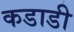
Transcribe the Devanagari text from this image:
कडाडी